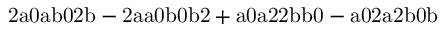
\mathrm { 2 a 0 a b 0 2 b - 2 a a 0 b 0 b 2 + a 0 a 2 2 b b 0 - a 0 2 a 2 b 0 b }